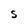
Character: S